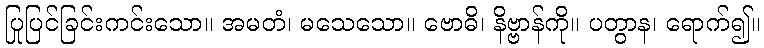
ပြုပြင်ခြင်းကင်းသော။ အမတံ၊ မသေသော။ ဗောဓိ၊ နိဗ္ဗာန်ကို။ ပတွာန၊ ရောက်၍။